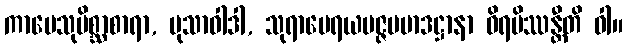
ကာမေသုမိစ္ဆာစာရာ, မုသာဝါဒါ, သုရာမေရယမဇ္ဇပမာဒဋ္ဌာနာ ဝိရမိဿန္တီတိ ဝါ။